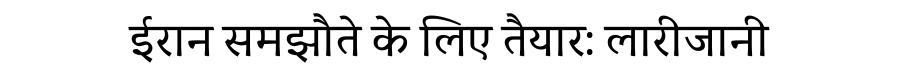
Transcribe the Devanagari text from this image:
ईरान समझौते के लिए तैयार: लारीजानी